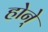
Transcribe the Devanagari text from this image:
होने्